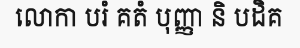
លោកា បរំ គតំ បុញ្ញា និ បដិគ